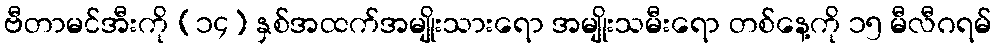
ဗီတာမင်အီးကို (၁၄) နှစ်အထက်အမျိုးသားရော အမျိုးသမီးရော တစ်နေ့ကို ၁၅ မီလီဂရမ်